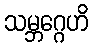
သမ္ဘဂ္ဂေဟိ